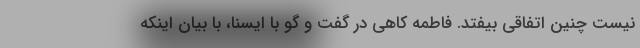
نیست چنین اتفاقی بیفتد. فاطمه کاهی در گفت و گو با ایسنا، با بیان اینکه